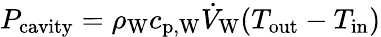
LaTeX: P_{\mathrm{cavity}}=\rho_{\mathrm{W}}c_{\mathrm{p,W}}\dot{V}_{\mathrm{W}}(T_{\mathrm{out}}-T_{\mathrm{in}})